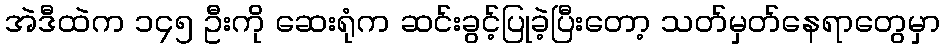
အဲဒီထဲက ၁၄၅ ဦးကို ဆေးရုံက ဆင်းခွင့်ပြုခဲ့ပြီးတော့ သတ်မှတ်နေရာတွေမှာ